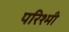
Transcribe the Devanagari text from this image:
परिश्मी